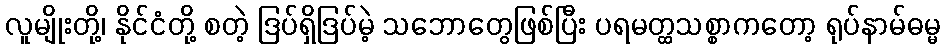
လူမျိုးတို့၊ နိုင်ငံတို့ စတဲ့ ဒြပ်ရှိဒြပ်မဲ့ သဘောတွေဖြစ်ပြီး ပရမတ္ထသစ္စာကတော့ ရုပ်နာမ်ဓမ္မ